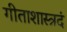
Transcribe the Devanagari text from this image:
गीताशास्त्रदं